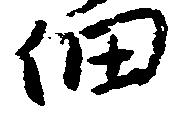
佃